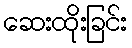
ဆေးထိုးခြင်း